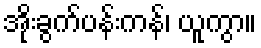
အိုးခွက်ပန်းကန်၊ ယူကွာ။